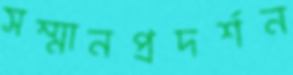
সম্মানপ্রদর্শন